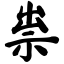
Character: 祟